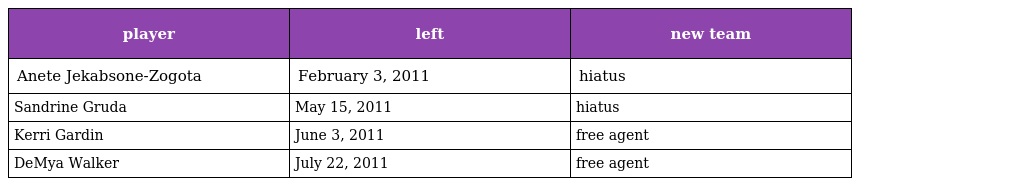
| player | left | new team |
 | --- | --- | --- |
 | Anete Jekabsone-Zogota | February 3, 2011 | hiatus |
 | Sandrine Gruda | May 15, 2011 | hiatus |
 | Kerri Gardin | June 3, 2011 | free agent |
 | DeMya Walker | July 22, 2011 | free agent |